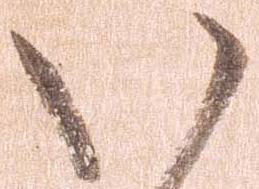
い